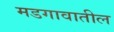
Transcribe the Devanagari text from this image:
मडगावातील